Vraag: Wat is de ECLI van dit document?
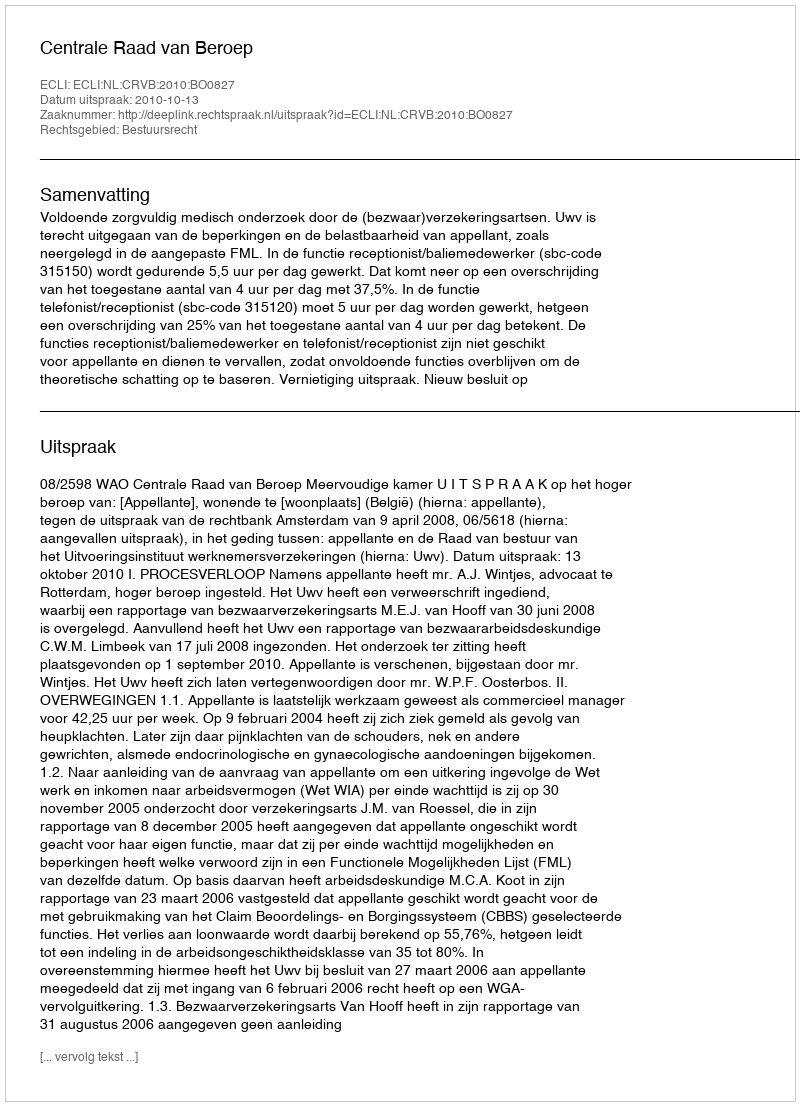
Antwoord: ECLI:NL:CRVB:2010:BO0827